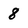
Character: 8